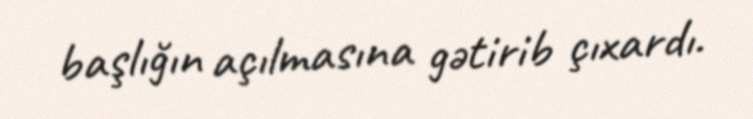
başlığın açılmasına gətirib çıxardı.